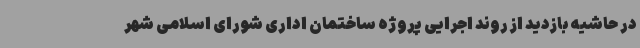
در حاشیه بازدید از روند اجرایی پروژه ساختمان اداری شورای اسلامی شهر